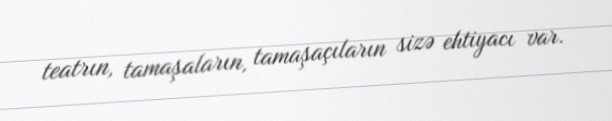
teatrın, tamaşaların, tamaşaçıların sizə ehtiyacı var.